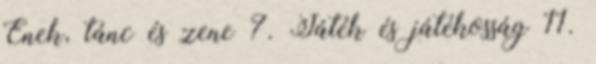
Ének, tánc és zene 7. Játék és játékosság 11.